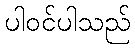
ပါဝင်ပါသည်